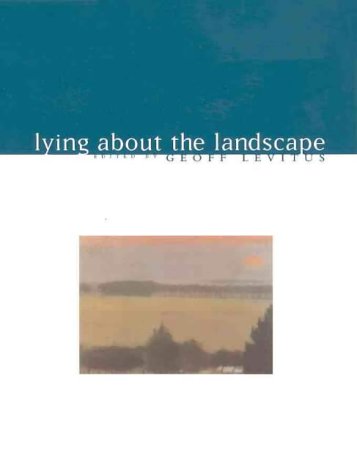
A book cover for Lying about the Landscape (Art & Australia Monograph); Fine Art Publishing; Crafts, Hobbies & Home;